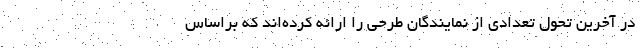
در آخرین تحول تعدادی از نمایندگان طرحی را ارائه کرده‌اند که براساس